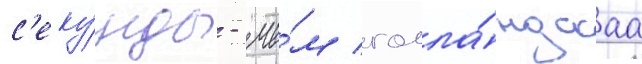
с'еку́нды - че́м голла́ндскаа